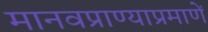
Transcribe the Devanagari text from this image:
मानवप्राण्याप्रमाणें